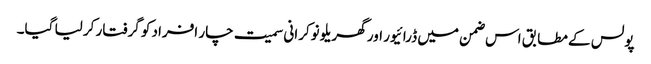
پولس کے مطابق اس ضمن میں ڈرائیور اور گھریلو نوکرانی سمیت چار افراد کو گرفتار کر لیا گیا۔